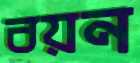
বয়ন